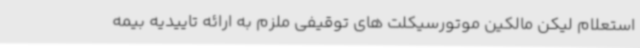
استعلام لیکن مالکین موتورسیکلت های توقیفی ملزم به ارائه تاییدیه بیمه